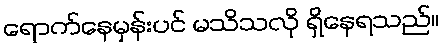
ရောက်နေမှန်းပင် မသိသလို ရှိနေရသည်။